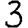
Digit: 3